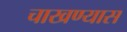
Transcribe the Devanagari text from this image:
चाखण्यास